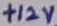
Text: +12V